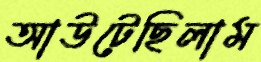
আউটেছিলাম